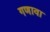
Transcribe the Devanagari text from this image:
गणावा